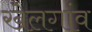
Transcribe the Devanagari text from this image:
खेलगांव